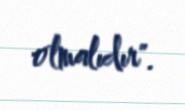
olmalıdır".